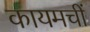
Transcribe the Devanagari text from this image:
कायमचीं